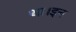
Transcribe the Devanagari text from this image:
था।इन